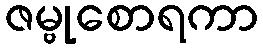
ဇမ္ဗုစောရကာ